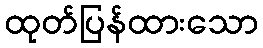
ထုတ်ပြန်ထားသော